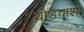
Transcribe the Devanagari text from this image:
थोडय़ाशा